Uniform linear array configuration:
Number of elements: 48
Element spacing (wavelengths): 0.25
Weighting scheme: uniform
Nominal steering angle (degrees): -30
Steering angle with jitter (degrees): -30.899
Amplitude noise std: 0.05
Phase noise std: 0.05

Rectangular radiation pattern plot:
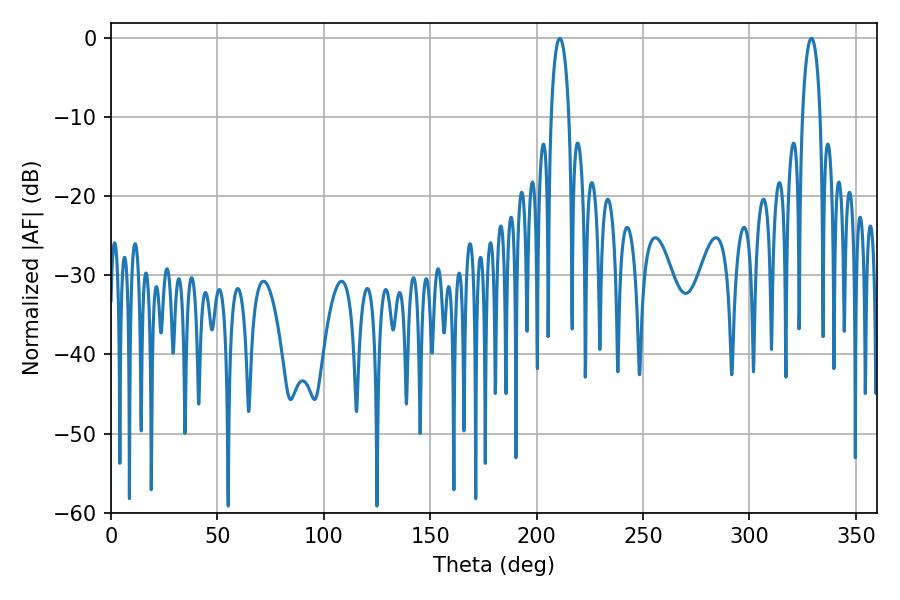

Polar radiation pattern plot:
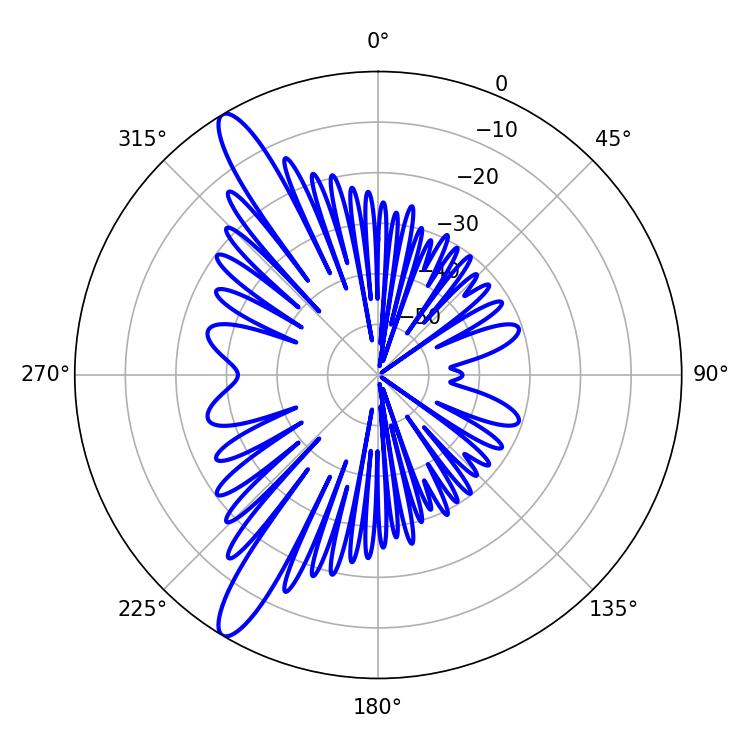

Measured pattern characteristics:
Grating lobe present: FALSE
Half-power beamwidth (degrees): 4.86
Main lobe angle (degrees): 329.04